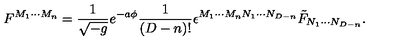
F ^ { M _ { 1 } \cdots M _ { n } } = { \frac { 1 } { \sqrt { - g } } } e ^ { - a \phi } { \frac { 1 } { ( D - n ) ! } } \epsilon ^ { M _ { 1 } \cdots M _ { n } N _ { 1 } \cdots N _ { D - n } } \tilde { F } _ { N _ { 1 } \cdots N _ { D - n } } .